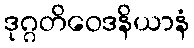
ဒုဂ္ဂတိဝေဒနိယာနံ